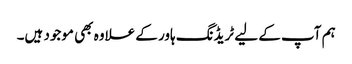
ہم آپ کے لیے ٹریڈنگ ہاور کے علاوہ بھی موجود ہیں۔